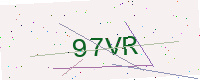
Text: 97VR